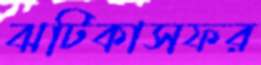
ঝটিকাসফর